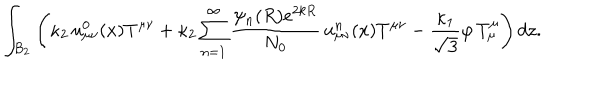
\int _ { B _ { 2 } } \left( \kappa _ { 2 } \, u _ { \mu \nu } ^ { 0 } ( x ) T ^ { \mu \nu } + \kappa _ { 2 } \sum _ { n = 1 } ^ { \infty } \frac { \psi _ { n } ( R ) e ^ { 2 k R } } { N _ { 0 } } \, u _ { \mu \nu } ^ { n } ( x ) T ^ { \mu \nu } - \frac { \kappa _ { 1 } } { \sqrt { 3 } } \varphi \, T _ { \mu } ^ { \mu } \right) d z .